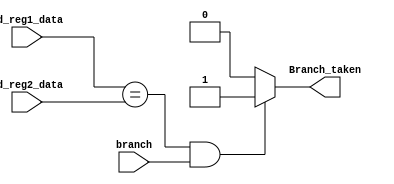
module Branch_predictor
(
	input wire		  branch,
	input wire [31:0] rd_reg1_data,
	input wire [31:0] rd_reg2_data,
	output wire		  Branch_taken
);

	
	assign Branch_taken = ((rd_reg1_data == rd_reg2_data) && branch) ? 1'b1 : 1'b0 ;

endmodule